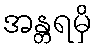
အန္တရမှိ